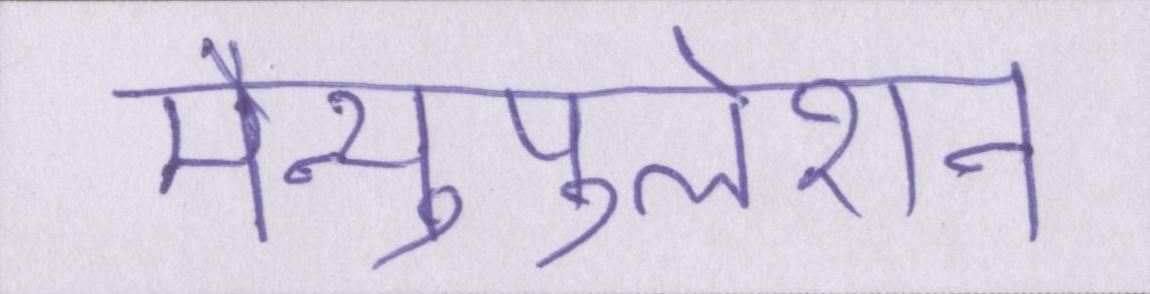
मैन्युपुलेशन